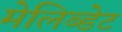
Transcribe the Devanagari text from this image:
मेलिब्डेट